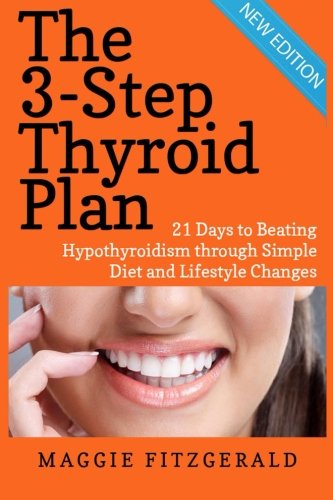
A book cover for The 3-Step Thyroid Plan: 21 Days to Beating Hypothyroidism through Simple Diet and Lifestyle Changes (Now! Includes 40 Delicious Metabolism Boosting Recipes); Maggie Fitzgerald; Health, Fitness & Dieting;